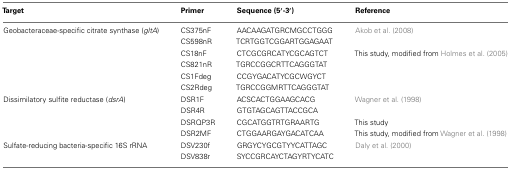
<table><thead><tr><td><b>Target</b></td><td><b>Primer</b></td><td><b>Sequence (5′-3′)</b></td><td><b>Reference</b></td></tr></thead><tbody><tr><td>Geobacteraceae-specific citrate synthase (<i>gltA</i>)</td><td>CS375nF</td><td>AACAAGATGRCMGCCTGGG</td><td>Akob et al. (2008)</td></tr><tr><td></td><td>CS598nR</td><td>TCRTGGTCGGARTGGAGAAT</td><td></td></tr><tr><td></td><td>CS18nF</td><td>CTCGCGRCATYCGCAGTCT</td><td>This study, modified from Holmes et al. (2005)</td></tr><tr><td></td><td>CS821nR</td><td>TGRCCGGCRTTCAGGGTAT</td><td></td></tr><tr><td></td><td>CS1Fdeg</td><td>CCGYGACATYCGCWGYCT</td><td></td></tr><tr><td></td><td>CS2Rdeg</td><td>TGRCCGGMRTTCAGGGTAT</td><td></td></tr><tr><td>Dissimilatory sulfite reductase (<i>dsrA</i>)</td><td>DSR1F</td><td>ACSCACTGGAAGCACG</td><td>Wagner et al. (1998)</td></tr><tr><td></td><td>DSR4R</td><td>GTGTAGCAGTTACCGCA</td><td></td></tr><tr><td></td><td>DSRQP3R</td><td>CGCATGGTRTGRAARTG</td><td>This study</td></tr><tr><td></td><td>DSR2MF</td><td>CTGGAARGAYGACATCAA</td><td>This study, modified from Wagner et al. (1998)</td></tr><tr><td>Sulfate-reducing bacteria-specific 16S rRNA</td><td>DSV230f</td><td>GRGYCYGCGTYYCATTAGC</td><td>Daly et al. (2000)</td></tr><tr><td></td><td>DSV838r</td><td>SYCCGRCAYCTAGYRTYCATC</td><td></td></tr></tbody></table>